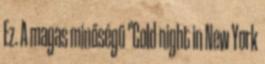
Ez. A magas minőségű "Cold night in New York